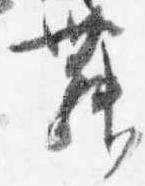
舞